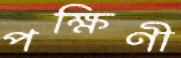
পক্ষিণী